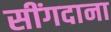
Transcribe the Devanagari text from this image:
सींगदाना